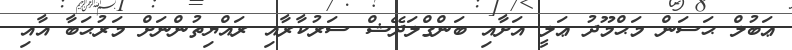
ޢަބުލް ޙަސަން މަޙްމޫދު ޢަލީ އަށާއި ބަންގްލަދޭޝް ސަރުކާރާއި ރައްޔިތުންނަށް މަރުޙަބާ އާއި